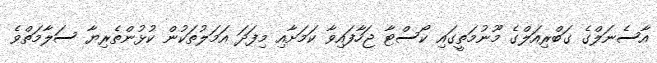
އާސެނަލްގެ ގަބްރިއަލްގެ މޫނުމަތީގައި ކޯސްޓާ ޖަހާފައިވާ ކަމަށާއި މިފަދަ އަމަލުތަކުން ކުޅުންތެރިޔާ ސަލާމަތްވެ